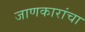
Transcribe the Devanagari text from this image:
जाणकारांचा